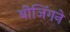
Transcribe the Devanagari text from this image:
बीजिंगने